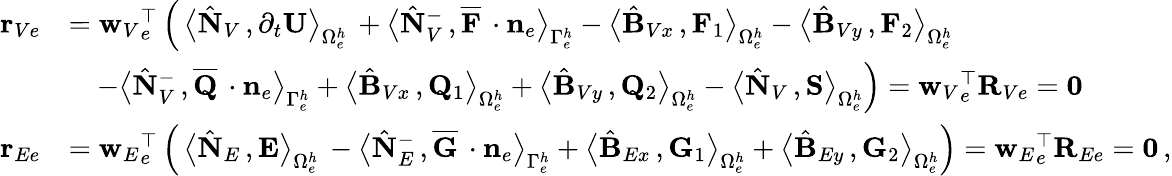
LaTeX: \begin{array}{rl}{{\mathbf r}_{Ve}}&{={{\mathbf w}_{V}}_{e}^{\top}\left(\, \big\langle\hat{\mathbf N}_{V}\, ,\partial_{{t}}{\mathbf U}\big\rangle_{\Omega_{e}^{h}}\, +\big\langle\hat{\mathbf N}_{V}^{-}\, ,\overline{{{\mathbf F}}}\, \cdot{{\mathbf n}}_{e}\big\rangle_{\Gamma_{e}^{h}}-\big\langle\hat{\mathbf B}_{Vx}\, ,{\mathbf F}_{1}\big\rangle_{\Omega_{e}^{h}}-\big\langle\hat{\mathbf B}_{Vy}\, ,{\mathbf F}_{2}\big\rangle_{\Omega_{e}^{h}}\right.}\\ &{\quad\left.-\big\langle\hat{\mathbf N}_{V}^{-}\, ,\overline{{{\mathbf Q}}}\, \cdot{{\mathbf n}}_{e}\big\rangle_{\Gamma_{e}^{h}}+\big\langle\hat{\mathbf B}_{Vx}\, ,{\mathbf Q}_{1}\big\rangle_{\Omega_{e}^{h}}+\big\langle\hat{\mathbf B}_{Vy}\, ,{\mathbf Q}_{2}\big\rangle_{\Omega_{e}^{h}}-\big\langle\hat{\mathbf N}_{V}\, ,{\mathbf S}\big\rangle_{\Omega_{e}^{h}}\right)={{\mathbf w}_{V}}_{e}^{\top}{\mathbf R}_{Ve}={\mathbf 0}}\\ {{\mathbf r}_{Ee}}&{={{\mathbf w}_{E}}_{e}^{\top}\left(\, \big\langle\hat{\mathbf N}_{E}\, ,{\mathbf E}\big\rangle_{\Omega_{e}^{h}}\, -\big\langle\hat{\mathbf N}_{E}^{-}\, ,\overline{{{\mathbf G}}}\, \cdot{{\mathbf n}}_{e}\big\rangle_{\Gamma_{e}^{h}}+\big\langle\hat{\mathbf B}_{Ex}\, ,{\mathbf G}_{1}\big\rangle_{\Omega_{e}^{h}}+\big\langle\hat{\mathbf B}_{Ey}\, ,{\mathbf G}_{2}\big\rangle_{\Omega_{e}^{h}}\right)={{\mathbf w}_{E}}_{e}^{\top}{\mathbf R}_{Ee}={\mathbf 0}\, ,}\end{array}